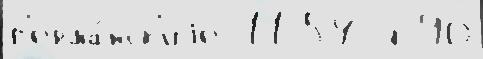
г'ерма́нск'иjе 11 54-я 90